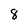
Character: 8